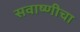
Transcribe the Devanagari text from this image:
सवाष्णीचा